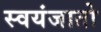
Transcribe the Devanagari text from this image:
स्वयंजातो